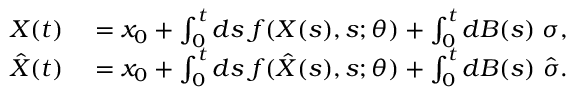
\begin{array} { r l } { X ( t ) } & { { } = x _ { 0 } + \int _ { 0 } ^ { t } d s \; f ( X ( s ) , s ; \theta ) + \int _ { 0 } ^ { t } d B ( s ) \; \sigma , } \\ { \hat { X } ( t ) } & { { } = x _ { 0 } + \int _ { 0 } ^ { t } d s \; f ( \hat { X } ( s ) , s ; \theta ) + \int _ { 0 } ^ { t } d B ( s ) \; \hat { \sigma } . } \end{array}